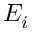
E _ { i }